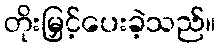
တိုးမြှင့်ပေးခဲ့သည်။